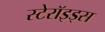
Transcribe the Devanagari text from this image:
स्टेरॉइड्स